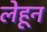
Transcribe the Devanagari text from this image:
लेहून